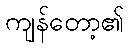
ကျန်တော့၏